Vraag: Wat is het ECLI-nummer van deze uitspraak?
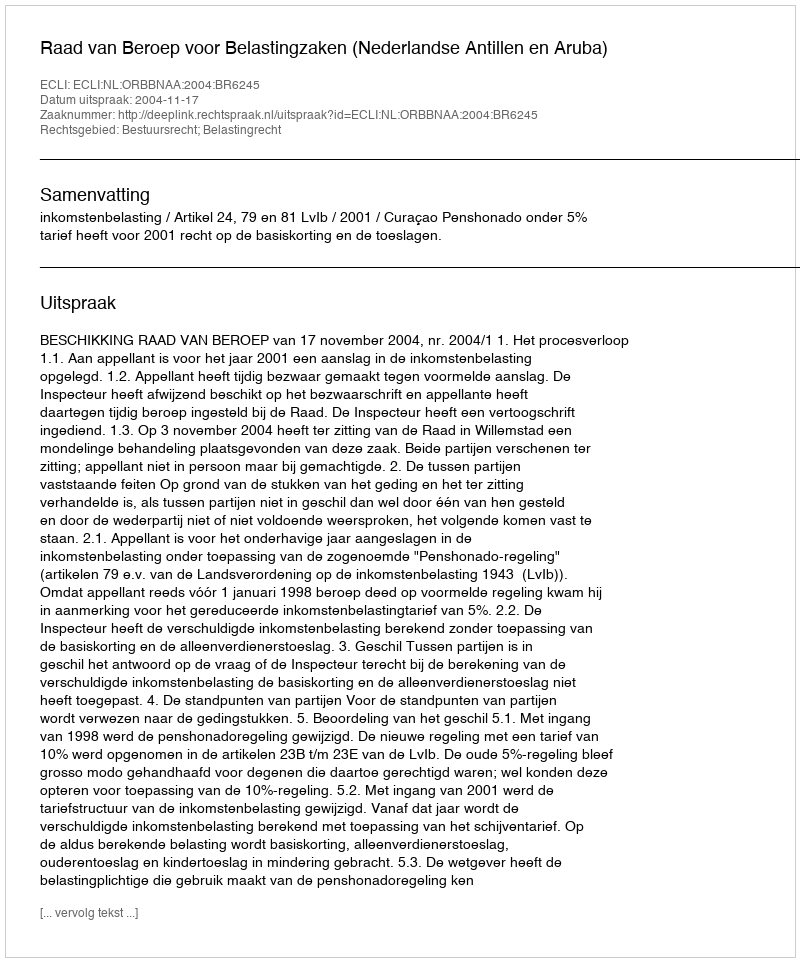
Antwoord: ECLI:NL:ORBBNAA:2004:BR6245